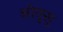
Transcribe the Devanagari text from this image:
ओवुसु